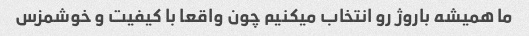
ما همیشه باروژ رو انتخاب میکنیم چون واقعا با کیفیت و خوشمزس